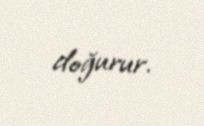
doğurur.